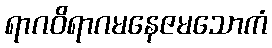
ရာဂဝိရာဂမနေဇမသောကံ